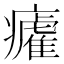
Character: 𭼲